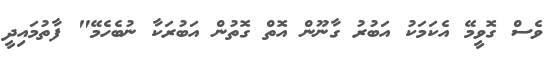
ވެސް ގޮވީމޭ އެކަމަކު އަބުރު ގާނޫން އޮތް ގޮތުން އަބުރަކާ ނުބެހެމޭ" ފާތުމައިދީ